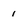
Character: 1